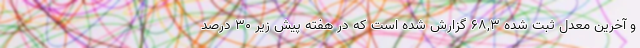
و آخرین معدل ثبت شده ۶۸,۳ گزارش شده است که در هفته پیش زیر ۳۰ درصد